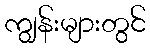
ကျွန်းများတွင်